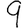
Digit: 9